Manual of the Civil Veterinary Department, Central Provinces and Berar
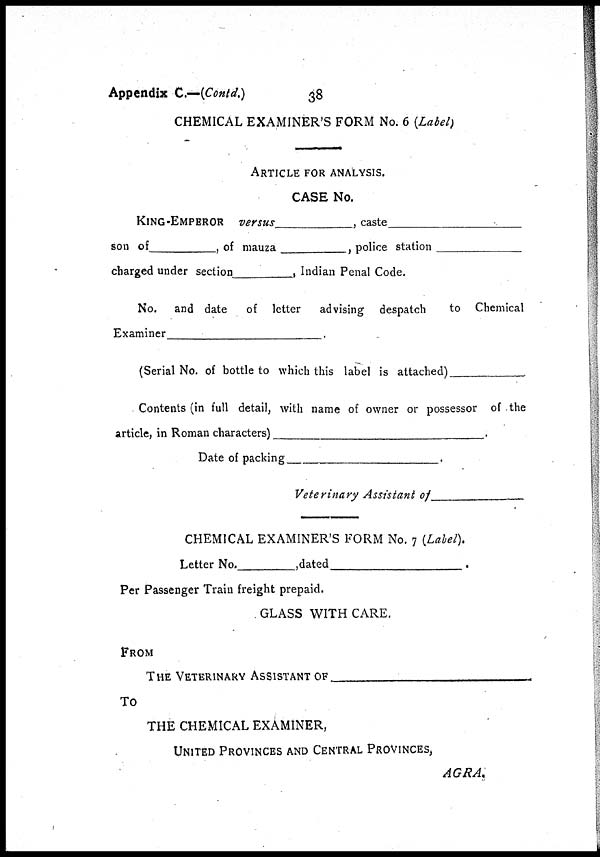
Appendix C.—(Contd.)
38
CHEMICAL EXAMINER'S FORM No. 6 (Label)
ARTICLE FOR ANALYSIS.
CASE No.
KING-EMPEROR versus
, caste
son of
, of mauza
, police station
charged under section
, Indian Penal Code.
No. and date of letter advising despatch
to Chemical
Examiner
.
(Serial No. of bottle to which this label is attached)
.
Contents (in full detail, with name of owner or possessor of the
article, in Roman characters)
.
Date of packing
.
Veterinary Assistant of
CHEMICAL EXAMINER'S FORM No. 7 (Label).
Letter No.
,dated
.
Per Passenger Train freight prepaid.
GLASS WITH CARE.
FROM
THE
VETERINARY
ASSISTANCE
OF
,
To
THE CHEMICAL EXAMINER,
UNITED PROVINCES AND CENTRAL PROVINCES,
AGRA.